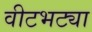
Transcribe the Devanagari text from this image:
वीटभट्या